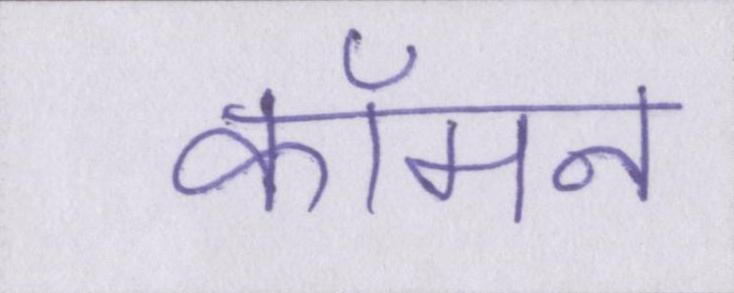
कॉमन